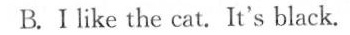
B.Ilike the cat. It's black.